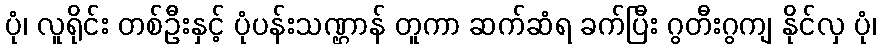
ပုံ၊ လူရိုင်း တစ်ဦးနှင့် ပုံပန်းသဏ္ဌာန် တူကာ ဆက်ဆံရ ခက်ပြီး ဂွတီးဂွကျ နိုင်လှ ပုံ၊